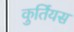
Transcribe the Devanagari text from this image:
कुर्तियस